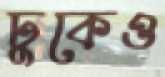
ঢুকেও